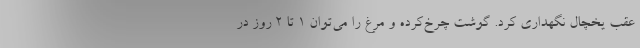
عقب یخچال نگهداری کرد. گوشت چرخ‌کرده و مرغ را می‌توان ۱ تا ۲ روز در